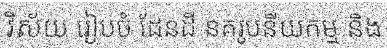
វិស័យ រៀបចំ ដែនដី នគរូបនីយកម្ម និង